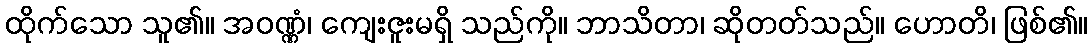
ထိုက်သော သူ၏။ အဝဏ္ဏံ၊ ကျေးဇူးမရှိ သည်ကို။ ဘာသိတာ၊ ဆိုတတ်သည်။ ဟောတိ၊ ဖြစ်၏။